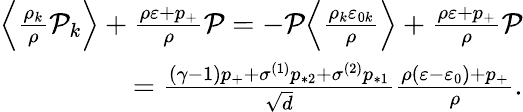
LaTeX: \begin{array}{r}{\Big\langle\frac{\rho_{k}}{\rho}\mathcal{P}_{k}\Big\rangle+\frac{\rho\varepsilon+p_{+}}{\rho}\mathcal{P}=-\mathcal{P}\Big\langle\frac{\rho_{k}\varepsilon_{0k}}{\rho}\Big\rangle+\frac{\rho\varepsilon+p_{+}}{\rho}\mathcal{P}}\\ {=\frac{(\gamma-1)p_{+}+\sigma^{(1)}p_{*2}+\sigma^{(2)}p_{*1}}{\sqrt{d}}\frac{\rho(\varepsilon-\varepsilon_{0})+p_{+}}{\rho}.}\end{array}